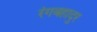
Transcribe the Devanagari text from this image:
रंगबहादुर